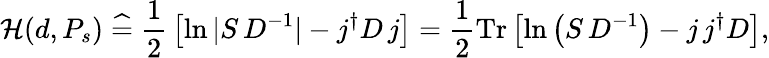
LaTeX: {\mathcal{H}}(d,P_{s})\; {\widehat{=}}\; {\frac{1}{2}}\left[\ln|S\, D^{-1}|-j^{\dagger}D\, j\right]={\frac{1}{2}}\mathrm{Tr}\left[\ln\left(S\, D^{-1}\right)-j\, j^{\dagger}D\right],